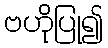
ဗဟိုပြု၍